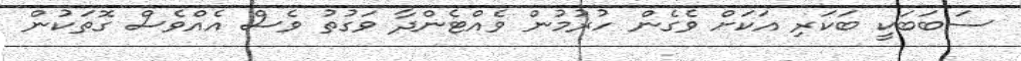
ސަބަބަކީ ބަކަރި އަކަށް ވެގެން ހުރުމުން ވެއްޓެންދާ ވަގުތު ވެސް އެއްވެސް ގޮތަކުން